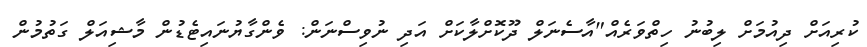
ކުރިއަށް ދިއުމަށް ލިބުނު ހިތްވަރެއް"އާސެނަލް ދޫކޮށްލާކަށް އަދި ނުވިސްނަން: ވެންގާޔުނައިޓެޑުން މާޝިއަލް ގަތުމުން